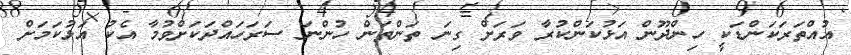
އުއްތަރަކަންޑަކީ ހިންދޫން އަޅުކަންކުރާ ވަރަށް ގިނަ ތަންތަން ހުންނަ ސަރަހައްދަކަށްވުމާ އެކު އަޅުކަމަށް